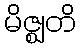
မိဇ္ဈတိ